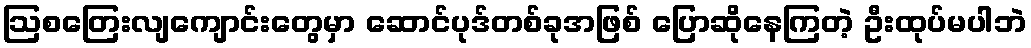
ဩစတြေးလျကျောင်းတွေမှာ ဆောင်ပုဒ်တစ်ခုအဖြစ် ပြောဆိုနေကြတဲ့ ဦးထုပ်မပါဘဲ